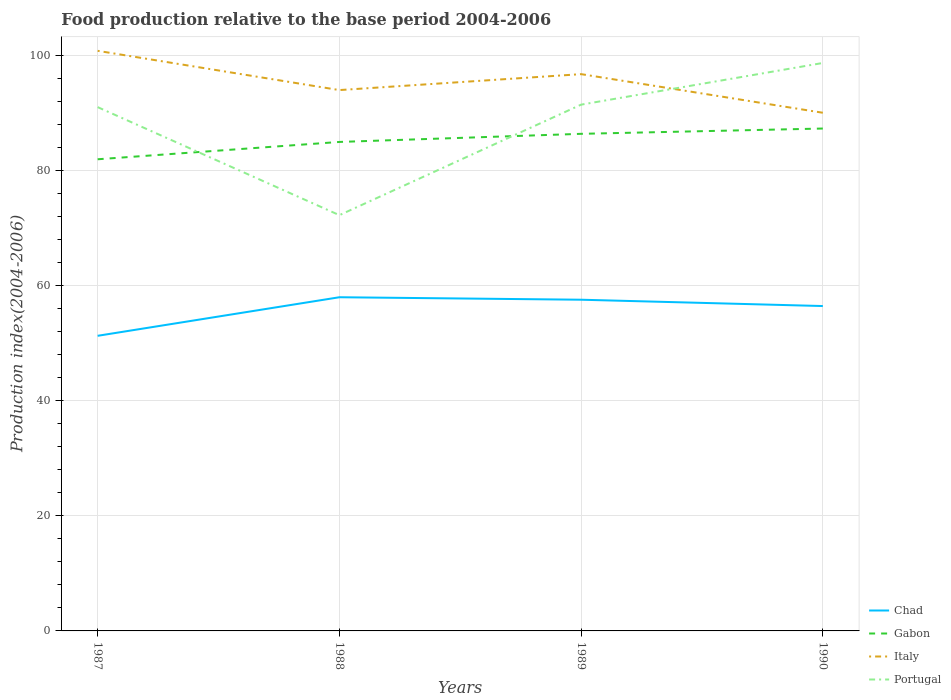
| Years | Chad | Gabon | Italy | Portugal |
 | --- | --- | --- | --- | --- |
 | 1987 | 51.3 | 81.9 | 101 | 91 |
 | 1988 | 58 | 85 | 94 | 72.2 |
 | 1989 | 57.5 | 86.4 | 96.7 | 91.4 |
 | 1990 | 56.4 | 87.3 | 90 | 98.7 |